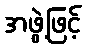
အဖွဲ့ဖြင့်